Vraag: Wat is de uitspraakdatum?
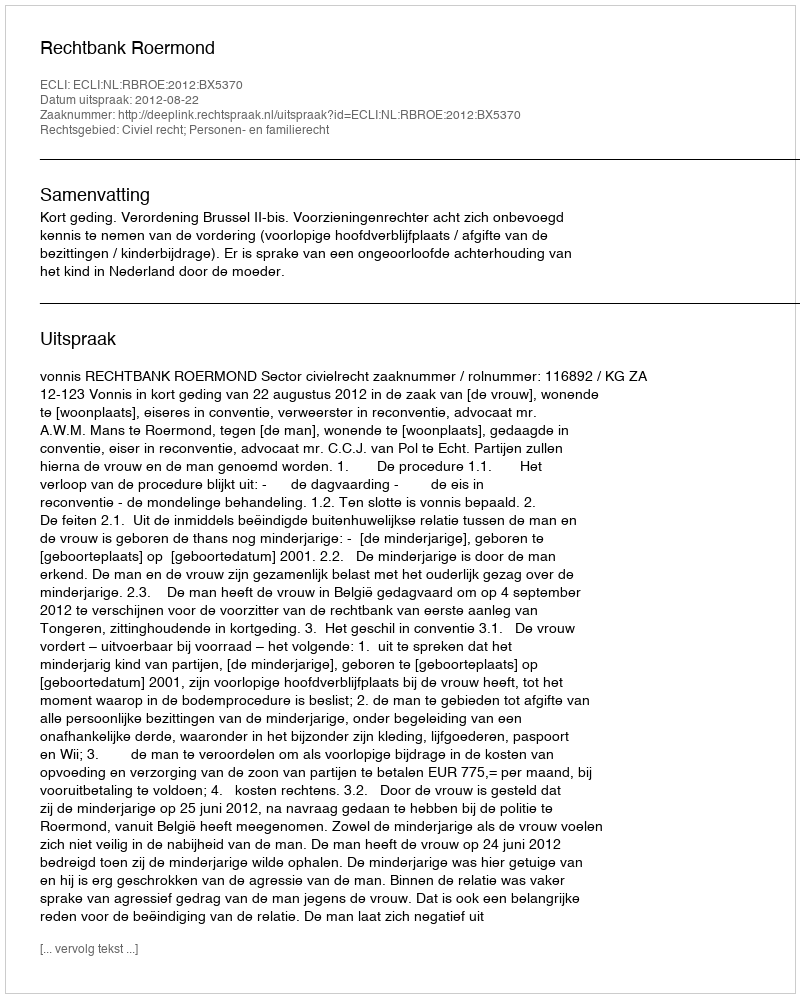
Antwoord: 2012-08-22